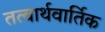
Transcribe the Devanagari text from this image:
तत्वार्थवार्तिक